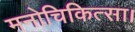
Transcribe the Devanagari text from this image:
मनोचिकित्सा।